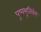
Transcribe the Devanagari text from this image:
पुष्पभूतिवंश